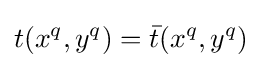
t(x^{q},y^{q})={\bar {t}}(x^{q},y^{q})